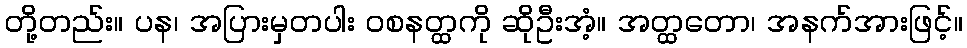
တို့တည်း။ ပန၊ အပြားမှတပါး ဝစနတ္ထကို ဆိုဦးအံ့။ အတ္ထတော၊ အနက်အားဖြင့်။